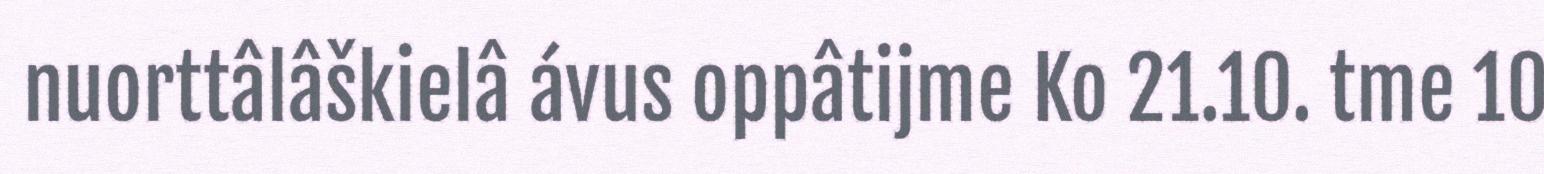
nuorttâlâškielâ ávus oppâtijme Ko 21.10. tme 10